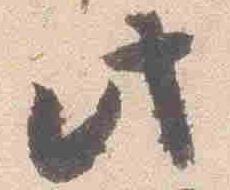
此